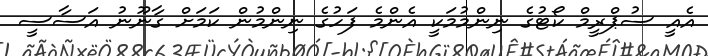
އެއީ ސުޕްރީމް ކޯޓުގެ ނިންމުމަކީ އެންމެ ފަހުގެ ނިންމުން ކަމަށް ގާނޫނު އަސާސީ